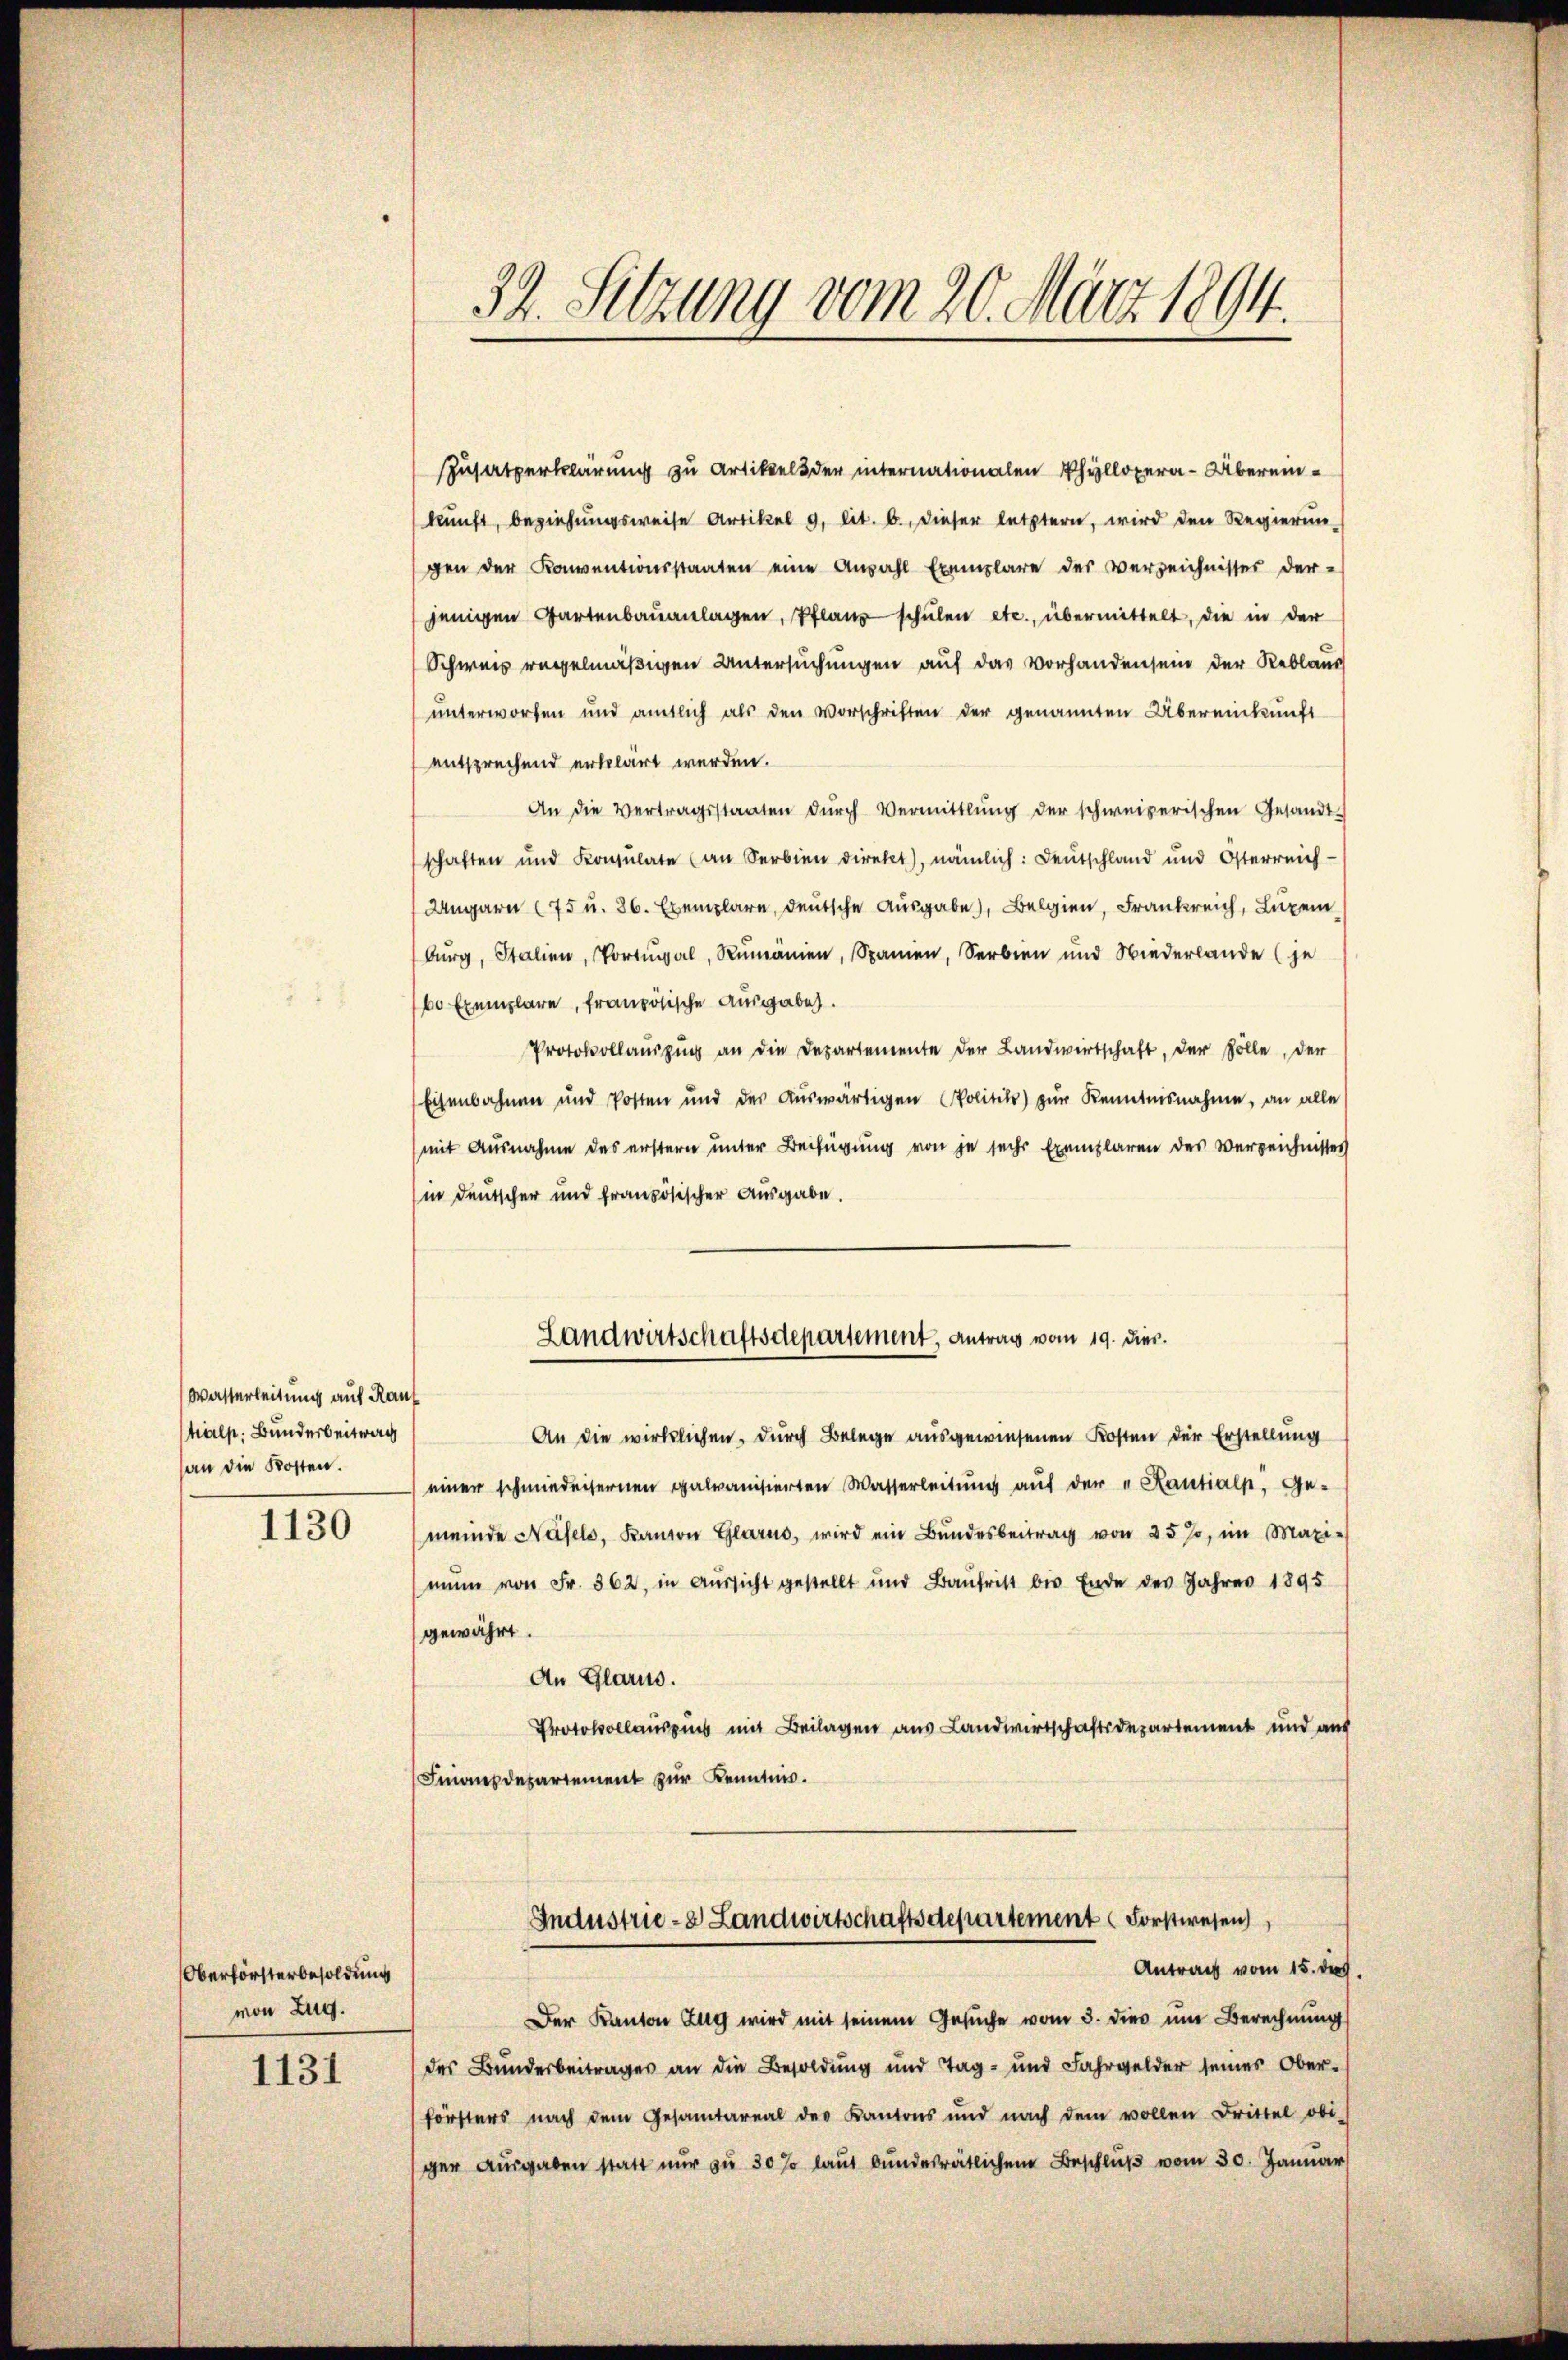
Wasserleitung auf Rau
tialp. Bunderbeitrag
an die Kosten.
1130

Oberförsterbesoldung
von Zug.

1131

usatzerklärung zu Artikel der internationalen Phyllopera-Übereinkunft, beziehungsweise Artikel 9, lit. b., dieser letztern, wird den Regierun
gen der Konventionsstaaten eine Anzahl Exemplare des Verzeichnisses der-
jenigen Gartenbauanlagen, Pflanz schulen etc., übermittelt, die in der
Schweis regelmäßigen Untersuchungen auf das vorhandensein der Reblaue
unterworfen und amtlich als den Vorschriften der genannten Übereinkunft
entsprechend erklärt werden.
An die Vertragsstaaten dŭrch Vermittlung der schweizerischen Gesandt-
schaften und Konsulate (an Serbien direkt, nämlich: Deutschland und Österreich
Ungarn (75 u. 86. Exemplare, deutsche Ausgabe), Belgien, Frankreich, Luzer
burg, Italien, Portugal, Rumänien, Spanien, Serbien und Niederlande (je
bo Exemplare, französische Ausgabe.
Protokollaŭszŭg an die Departemente der Landwirtschaft, der Zölle, der
Eisenbahnen und Posten und der aŭswärtigen Politik) zŭr Kenntnisnahme, an alle
(mit Ausnahme des erstern unter Beifügung von je sechs Exemplaren des Verzeichnisses
in Deutscher und französischer Ausgabe.
Landwirtschaftsdepartement, Antrag vom 19. dies.
An die wirklichen, durch Belege ausgewiesenen Kosten der Erstellung
einer schmiederfernen galvanisierten Wasserleitung auf der „Kantialp, Ge-
meinde Nasels, Kanton Glarus, wird ein Bŭndesbeitrag von 25 J. im Maxi-
mŭn von Fr. 362, in Aŭssicht gestellt und Baŭtritt bis Ende des Jahres 1895
gewährt.
An Glarus.
Protokollausus mit Beilagen aus Landwirtschaftsdepartement und auf
monesdepartement zur Kenntnis.
Industrie-8 Landwirtschaftsdepartement Forstwesen
Antrag vom 15. d.
Der Kanton Zug wird mit seinem Gesŭche vom 3. dies im Berechnŭng
des Bunderbeitrages an die Besoldung und Tag- und Fahrgelder seines Ober-
försters nach dem Gesamtareal der Kantons und nach dem vollen Drittel obis
ger Ausgaben statt nur zu 30 so laut bundesrätlichem Beschluß vom 30. Januar

32. Sitzung vom 20. März 1894.